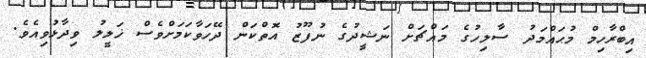
އިބްރާހިމް މުޙައްމަދު ސާލިހުގެ މައްޗަށް ނަޝީދުގެ ނުފޫޒު އޮތްކަން ދޭހަވާކަމަށްވެސް ޚަލީލު ވިދާޅުވިއެވެ.